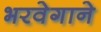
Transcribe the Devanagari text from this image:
भरवेगाने